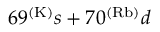
6 9 ^ { ( \mathrm { K ) } } s + 7 0 ^ { ( \mathrm { R b ) } } d